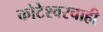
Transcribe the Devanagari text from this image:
कोटेश्वरचाही